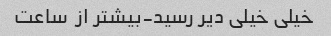
خیلی خیلی دیر رسید-بیشتر از  ساعت